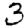
Digit: 3